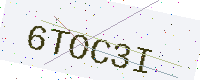
Text: 6TOC3I